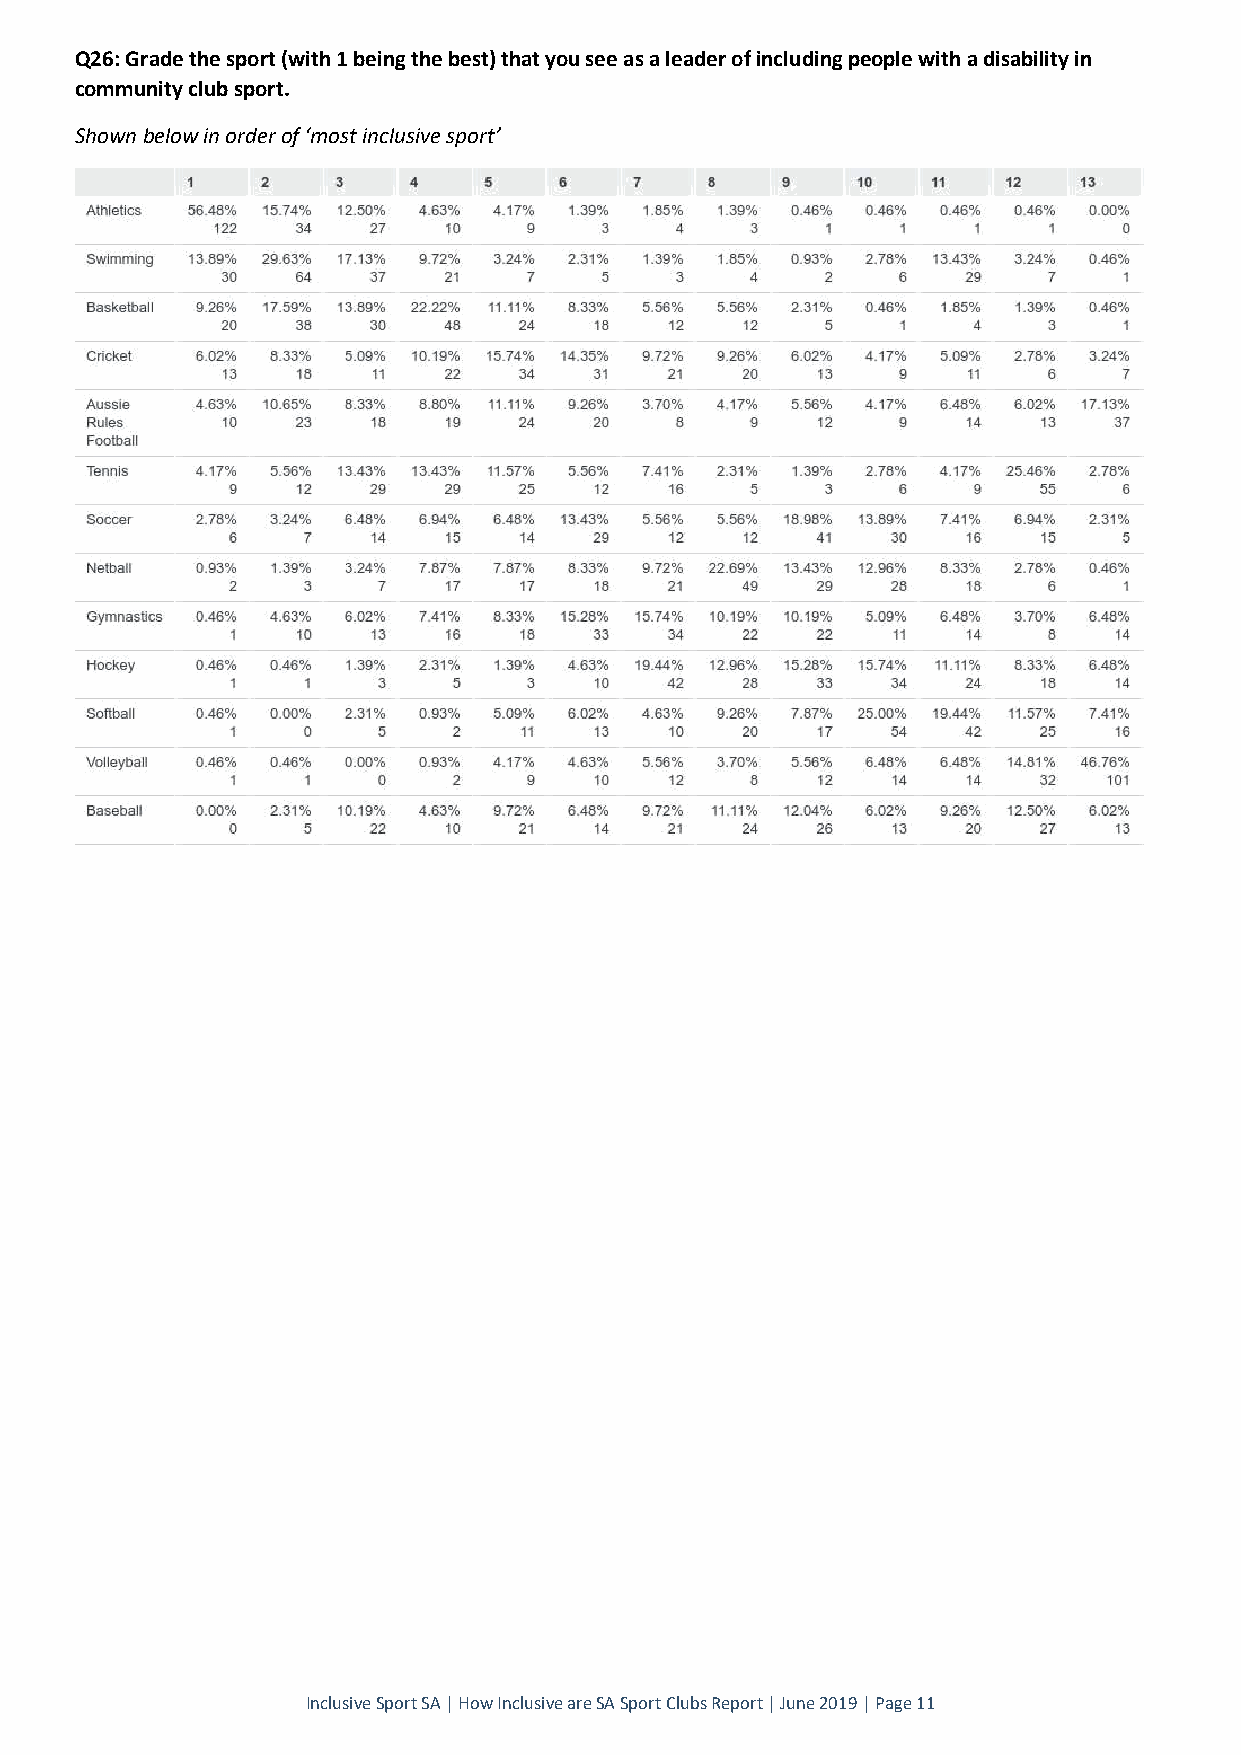
Q26: Grade the sport (with 1 being the best) that you see as a leader of including people with a disability in
 community club sport.
 Shown below in order of ‘most inclusive sport’
 Inclusive Sport SA | How Inclusive are SA Sport Clubs Report | June 2019 | Page 11